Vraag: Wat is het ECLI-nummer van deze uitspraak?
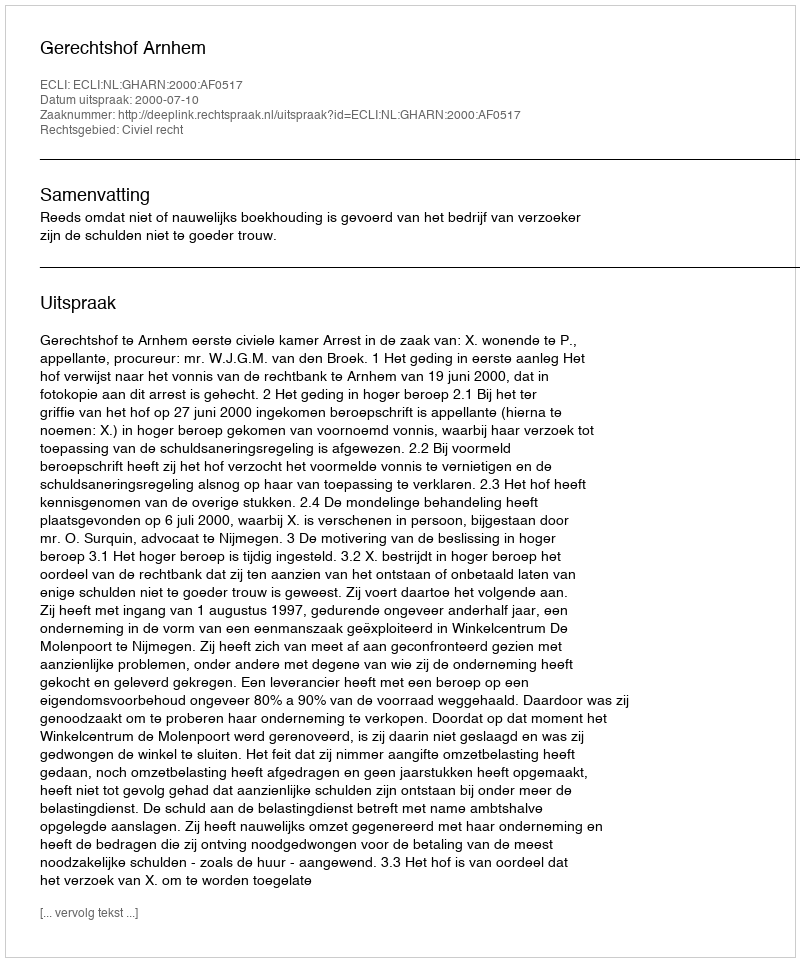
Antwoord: ECLI:NL:GHARN:2000:AF0517